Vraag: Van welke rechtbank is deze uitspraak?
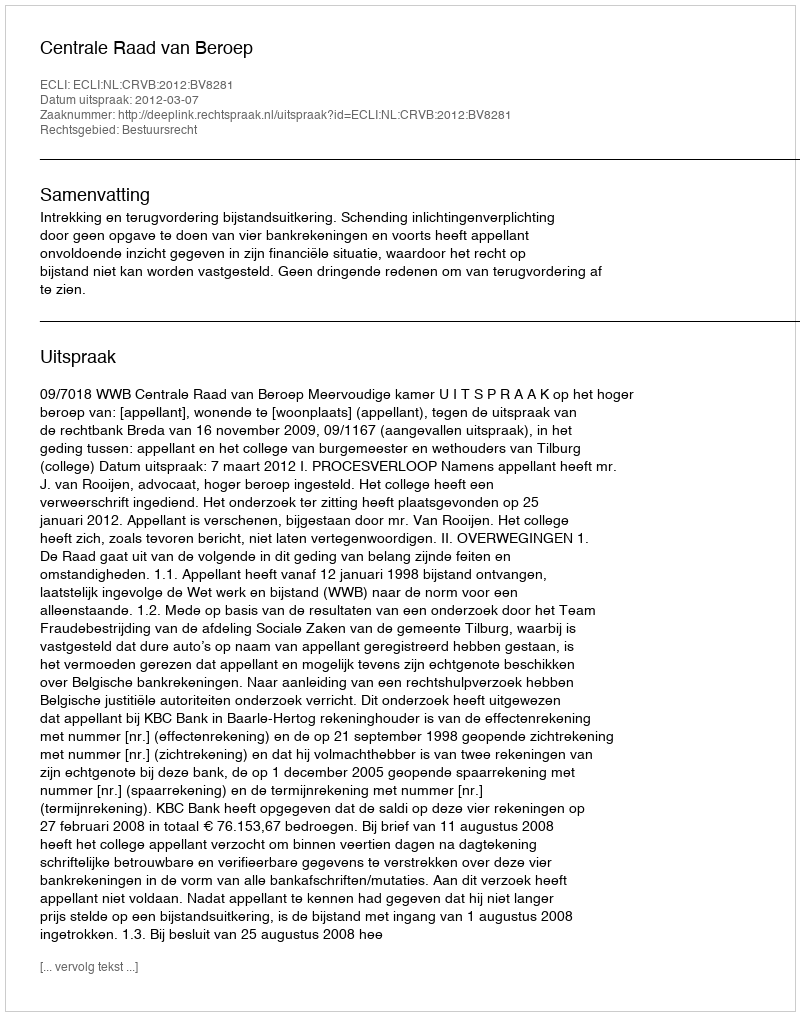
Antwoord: Centrale Raad van Beroep